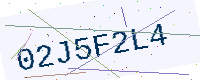
Text: 02J5F2L4